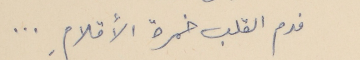
فدم القلب خمرة الأقلامِ . . .